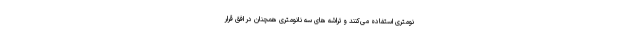
نومتری استفاده می‌کنند و تراشه های سه نانومتری همچنان در افق قرار